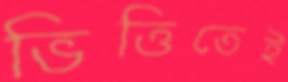
ভিত্তিতেই